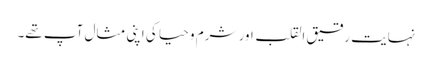
نہایت رقیق القلب اور شرم و حیا کی اپنی مثال آپ تھے۔